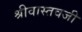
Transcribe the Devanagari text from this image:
श्रीवास्तवजी